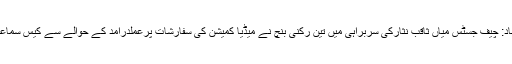
اسلام آباد: چیف جسٹس میاں ثاقب نثارکی سربراہی میں تین رکنی بنچ نے میڈیا کمیشن کی سفارشات پرعملدرآمد کے حوالے سے کیس سماعت کی۔